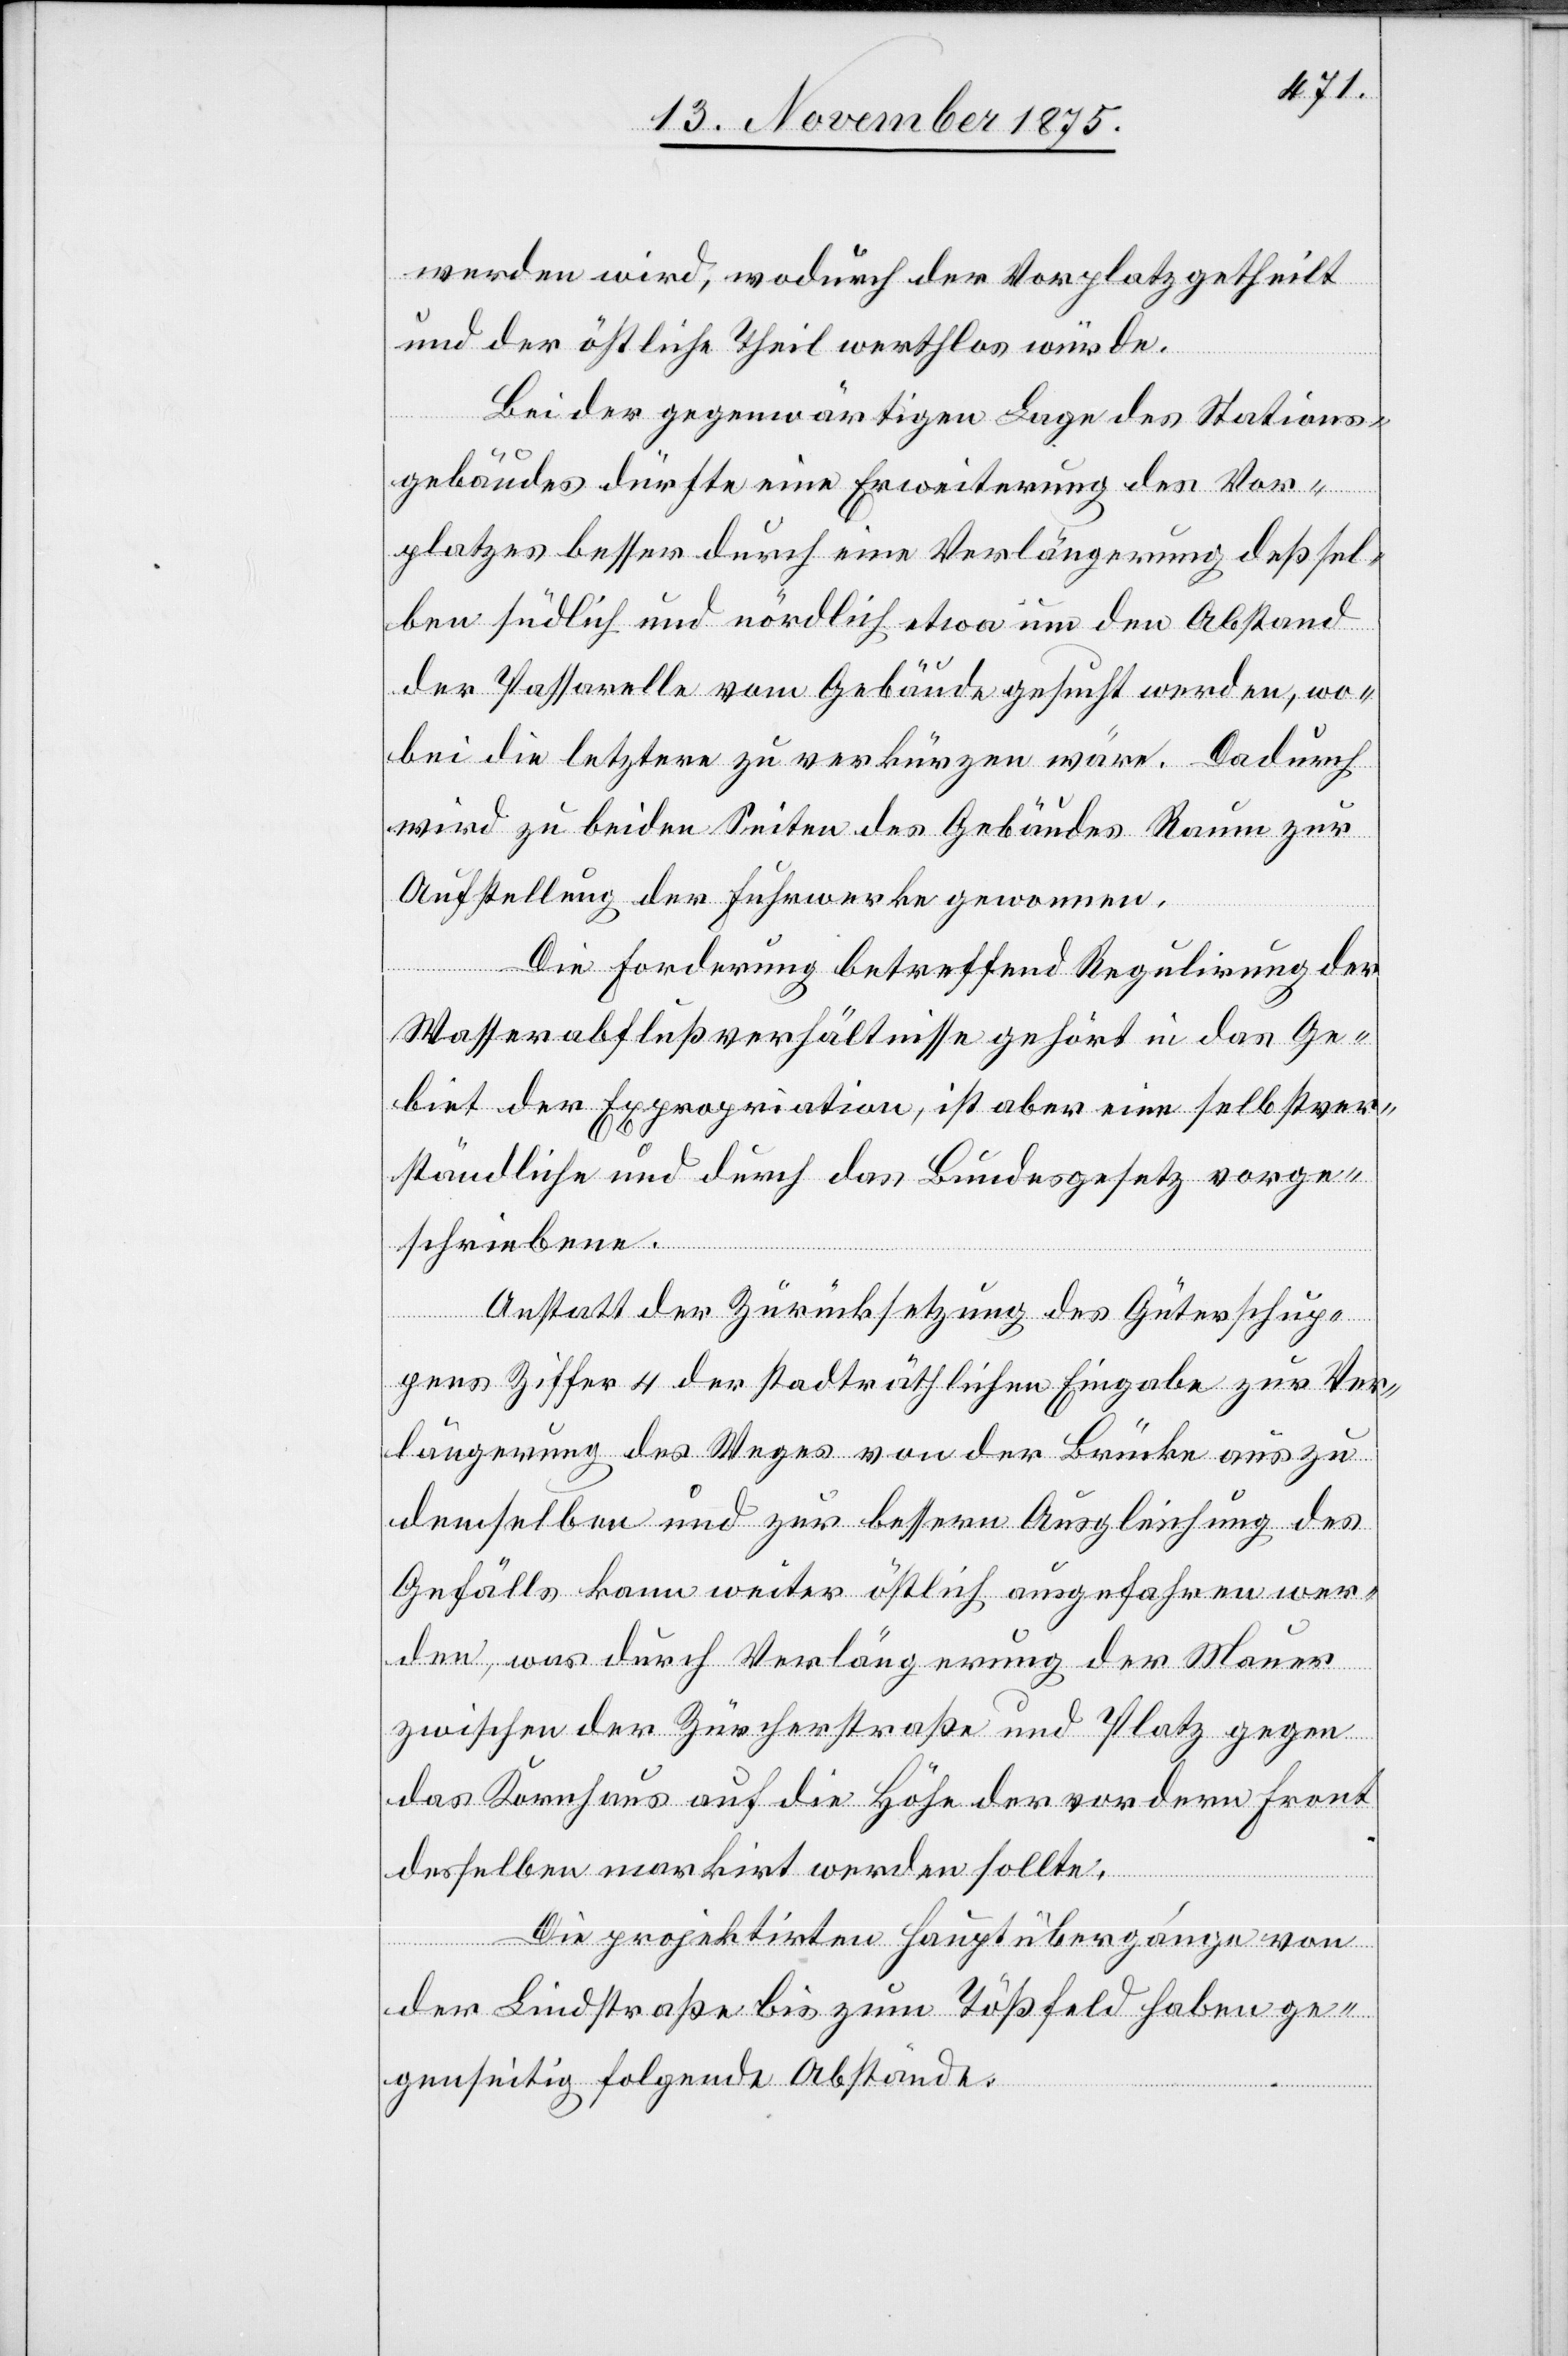
werden wird, wodurch der Vorplatz getheilt
und der östliche Theil werthlos würde.
Bei der gegenwärtigen Lage des Stations¬
gebäudes dürfte eine Erweiterung des Vor¬
platzes besser durch eine Verlängerung deßsel¬
ben südlich und nördlich etwa um den Abstand
der Passarelle vom Gebäude gesucht werden, wo¬
bei die letztere zu verkürzen wäre. Dadurch
wird zu beiden Seiten des Gebäudes Raum zur
Aufstellung der Fuhrwerke gewonnen.
Die Forderung betreffend Regulirung der
Wasserabflußverhältnisse gehört in das Ge¬
biet der Expropriation, ist aber eine selbstver¬
ständliche und durch das Bundesgesetz vorge¬
schriebene.
Anstatt der Zurücksetzung des Güterschup¬
pens Ziffer 4 der stadträthlichen Eingabe zur Ver¬
längerung des Weges von der Brücke aus zu
demselben und zur bessern Ausgleichung des
Gefälls kann weiter östlich ausgefahren wer¬
den, was durch Verlängerung der Mauer
zwischen der Zürcherstraße und Platz gegen
das Kornhaus auf die Höhe der vordern Front
desselben markirt werden sollte.
Die projektirten Hauptübergänge von
der Lindstraße bis zum Tößfeld haben ge¬
genseitig folgende Abstände: